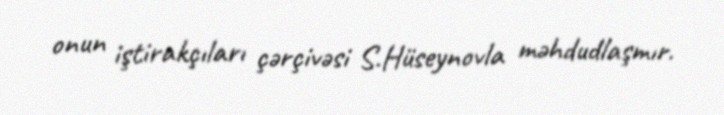
onun iştirakçıları çərçivəsi S.Hüseynovla məhdudlaşmır.